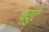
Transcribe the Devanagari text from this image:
प्युंटे